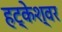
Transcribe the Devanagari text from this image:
हट्केश्वर